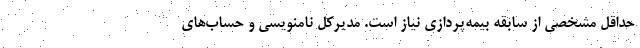
حداقل مشخصی از سابقه بیمه‌پردازی نیاز است. مدیرکل نامنویسی و حساب‌های